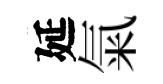
延氣